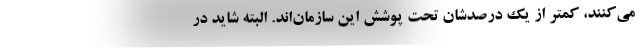
می‌کنند، کمتر از یک درصدشان تحت پوشش این سازمان‌اند. البته شاید در